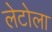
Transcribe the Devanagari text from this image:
लेटोला